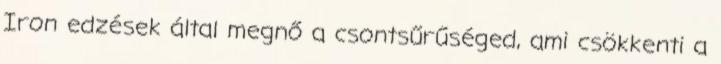
Iron edzések által megnő a csontsűrűséged, ami csökkenti a